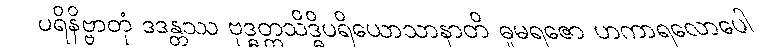
ပရိနိဗ္ဗာတုံ ဒဒန္တဿ ဗုဒ္ဓတ္တသိဒ္ဓိပရိယောသာနာတိ ဓူမရဇော ဟကာရလောပေါ